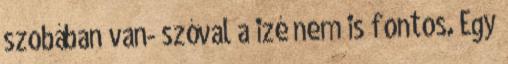
szobában van- szóval a izé nem is fontos. Egy